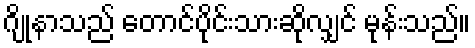
ဂျိုနာသည် တောင်ပိုင်းသားဆိုလျှင် မုန်းသည်။